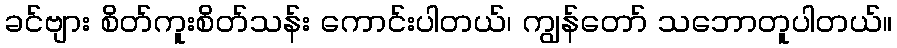
ခင်ဗျား စိတ်ကူးစိတ်သန်း ကောင်းပါတယ်၊ ကျွန်တော် သဘောတူပါတယ်။